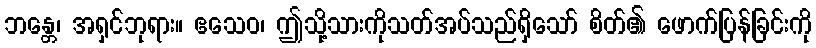
ဘန္တေ၊ အရှင်ဘုရား။ ဧသေဝ၊ ဤသို့သားကိုသတ်အပ်သည်ရှိသော် စိတ်၏ ဖောက်ပြန်ခြင်းကို